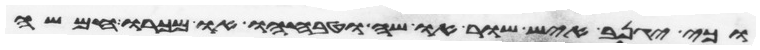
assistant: וכי יגנב איש שור או שה וטבחו או מכרו חמשה